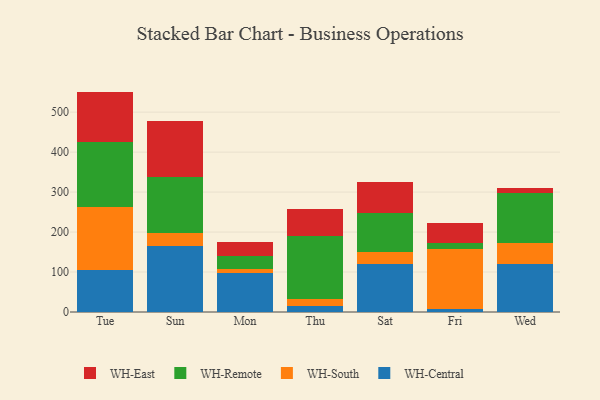
{"axis": {"x": "Day", "y": "Shipments"}, "legend": ["WH-Central", "WH-East", "WH-Remote", "WH-South"], "data": [{"x": "Tue", "y": 104.0, "type": "WH-Central"}, {"x": "Tue", "y": 158.5, "type": "WH-South"}, {"x": "Tue", "y": 163.9, "type": "WH-Remote"}, {"x": "Tue", "y": 125.0, "type": "WH-East"}, {"x": "Sun", "y": 164.0, "type": "WH-Central"}, {"x": "Sun", "y": 34.6, "type": "WH-South"}, {"x": "Sun", "y": 138.7, "type": "WH-Remote"}, {"x": "Sun", "y": 140.0, "type": "WH-East"}, {"x": "Mon", "y": 98.3, "type": "WH-Central"}, {"x": "Mon", "y": 8.4, "type": "WH-South"}, {"x": "Mon", "y": 33.2, "type": "WH-Remote"}, {"x": "Mon", "y": 34.9, "type": "WH-East"}, {"x": "Thu", "y": 15.3, "type": "WH-Central"}, {"x": "Thu", "y": 18.1, "type": "WH-South"}, {"x": "Thu", "y": 156.9, "type": "WH-Remote"}, {"x": "Thu", "y": 67.9, "type": "WH-East"}, {"x": "Sat", "y": 120.1, "type": "WH-Central"}, {"x": "Sat", "y": 30.6, "type": "WH-South"}, {"x": "Sat", "y": 98.1, "type": "WH-Remote"}, {"x": "Sat", "y": 77.5, "type": "WH-East"}, {"x": "Fri", "y": 7.8, "type": "WH-Central"}, {"x": "Fri", "y": 151.0, "type": "WH-South"}, {"x": "Fri", "y": 13.1, "type": "WH-Remote"}, {"x": "Fri", "y": 49.8, "type": "WH-East"}, {"x": "Wed", "y": 120.9, "type": "WH-Central"}, {"x": "Wed", "y": 51.5, "type": "WH-South"}, {"x": "Wed", "y": 124.7, "type": "WH-Remote"}, {"x": "Wed", "y": 13.1, "type": "WH-East"}]}